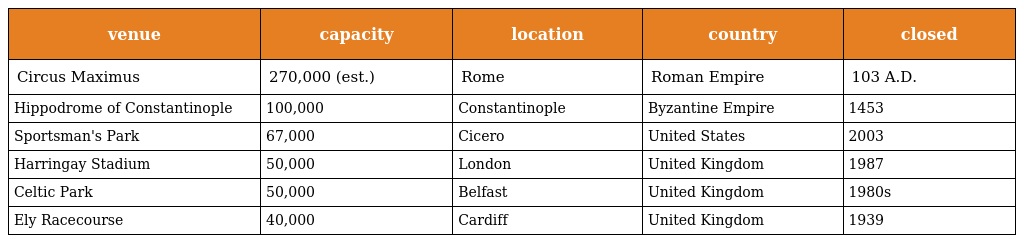
| venue | capacity | location | country | closed |
 | --- | --- | --- | --- | --- |
 | Circus Maximus | 270,000 (est.) | Rome | Roman Empire | 103 A.D. |
 | Hippodrome of Constantinople | 100,000 | Constantinople | Byzantine Empire | 1453 |
 | Sportsman's Park | 67,000 | Cicero | United States | 2003 |
 | Harringay Stadium | 50,000 | London | United Kingdom | 1987 |
 | Celtic Park | 50,000 | Belfast | United Kingdom | 1980s |
 | Ely Racecourse | 40,000 | Cardiff | United Kingdom | 1939 |